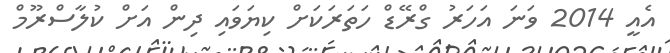
އެެއީ 2014 ވަނަ އަހަރު ގްރޭޑް ހަަތަރަކަށް ކިޔަވައި ދިން އަށް ކުލާސްރޫމް